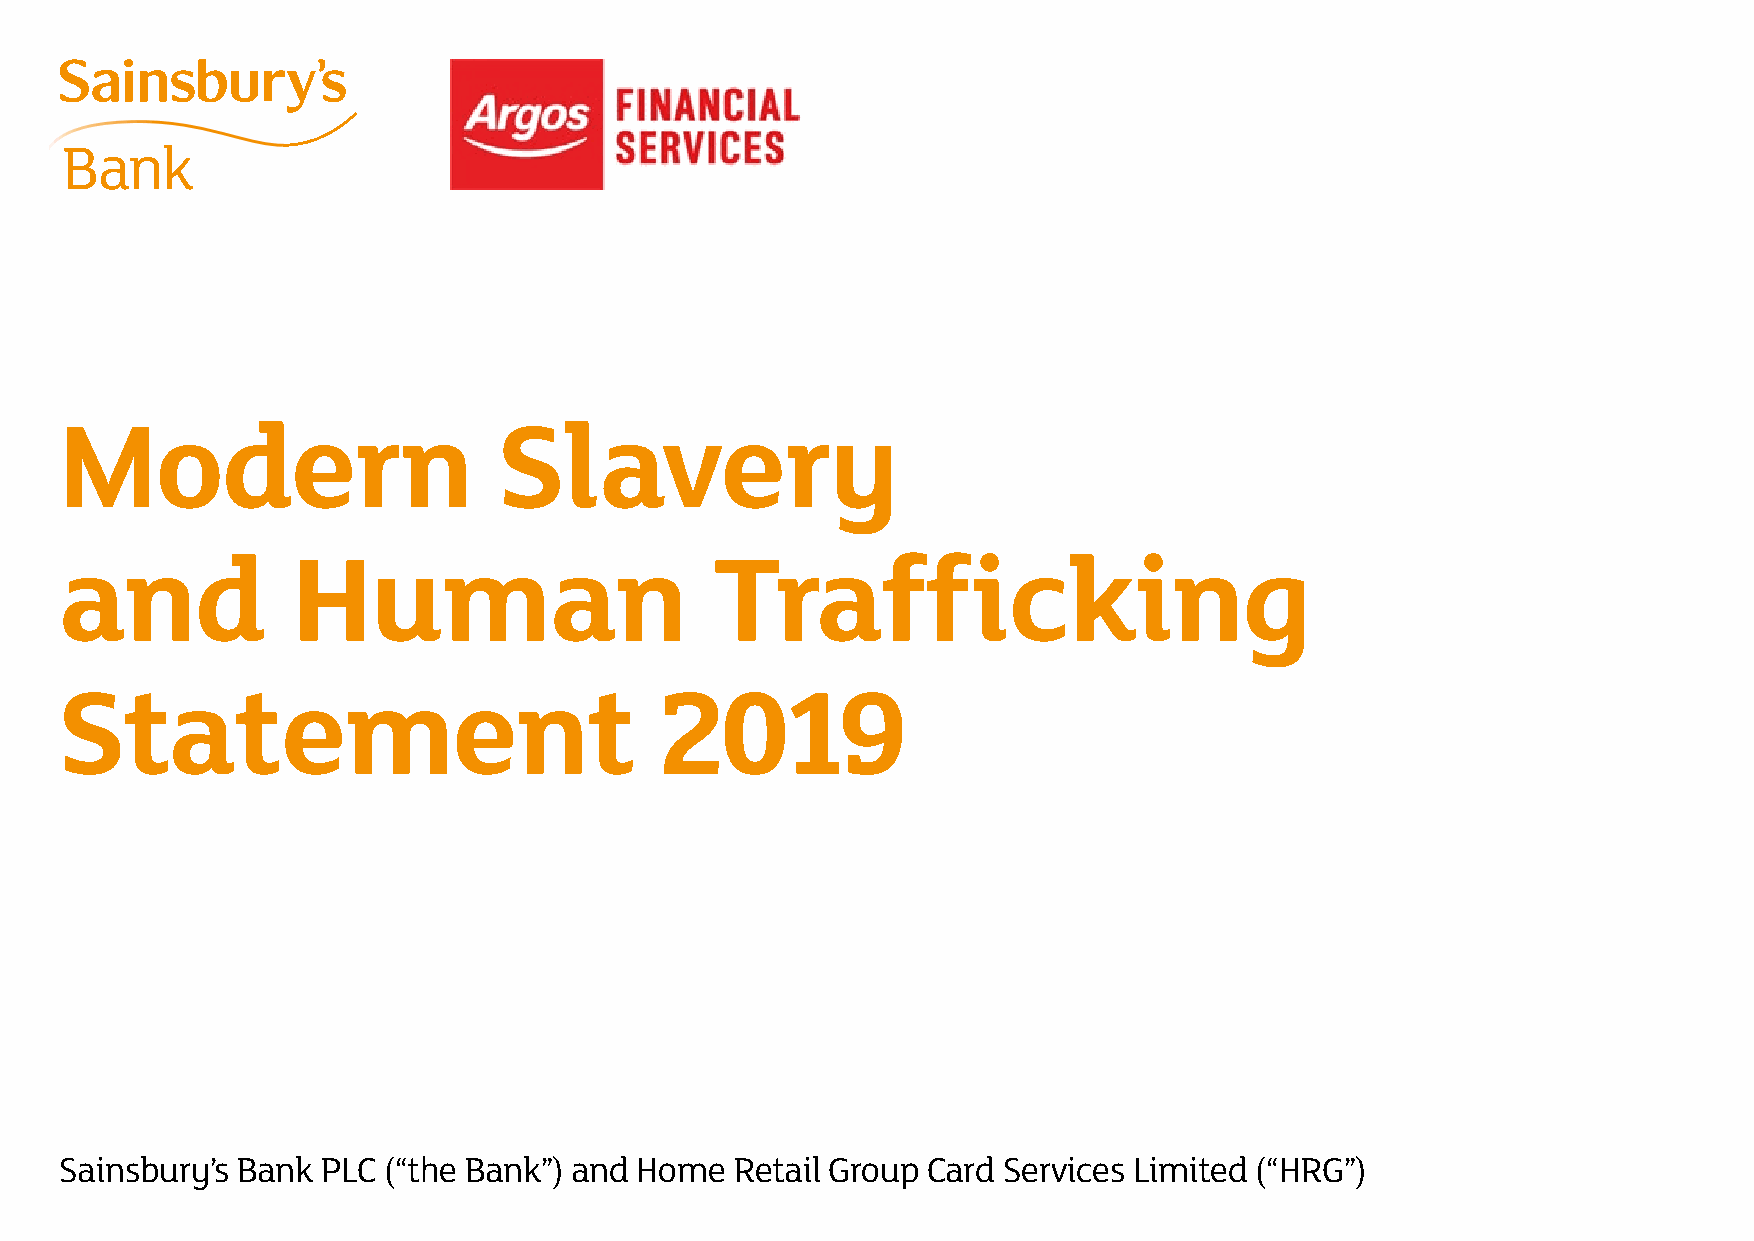
Modern                       Slavery
 and            Human                       Trafficking
 Statement                               2019
 Sainsbury’s Bank PLC (“the Bank”) and Home   Retail Group Card Services Limited (“HRG”)